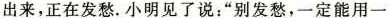
出来，正在发愁。小明见了说：”别发愁，一定能用一